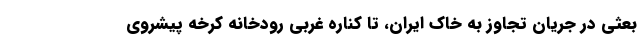
بعثی در جریان تجاوز به خاک ایران، تا کناره غربی رودخانه کرخه پیشروی